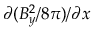
\partial ( B _ { y } ^ { 2 } / 8 \pi ) / \partial x